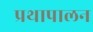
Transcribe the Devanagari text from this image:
प्रथापालन